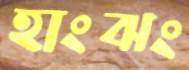
হাংঝং